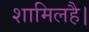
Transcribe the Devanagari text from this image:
शामिलहै।